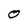
Character: O